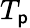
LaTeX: T_{\mathsf{p}}